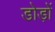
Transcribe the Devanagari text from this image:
डोड़ों